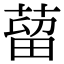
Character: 蒥